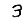
Digit: 3